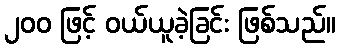
၂၀၀ ဖြင့် ဝယ်ယူခဲ့ခြင်း ဖြစ်သည်။